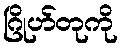
ဂြိုဟ်တုကို